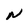
Character: N